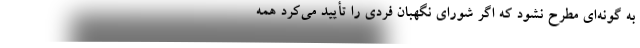
به گونه‌ای مطرح نشود که اگر شورای نگهبان فردی را تأیید می‌کرد همه